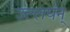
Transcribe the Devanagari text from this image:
उल्लघंन्